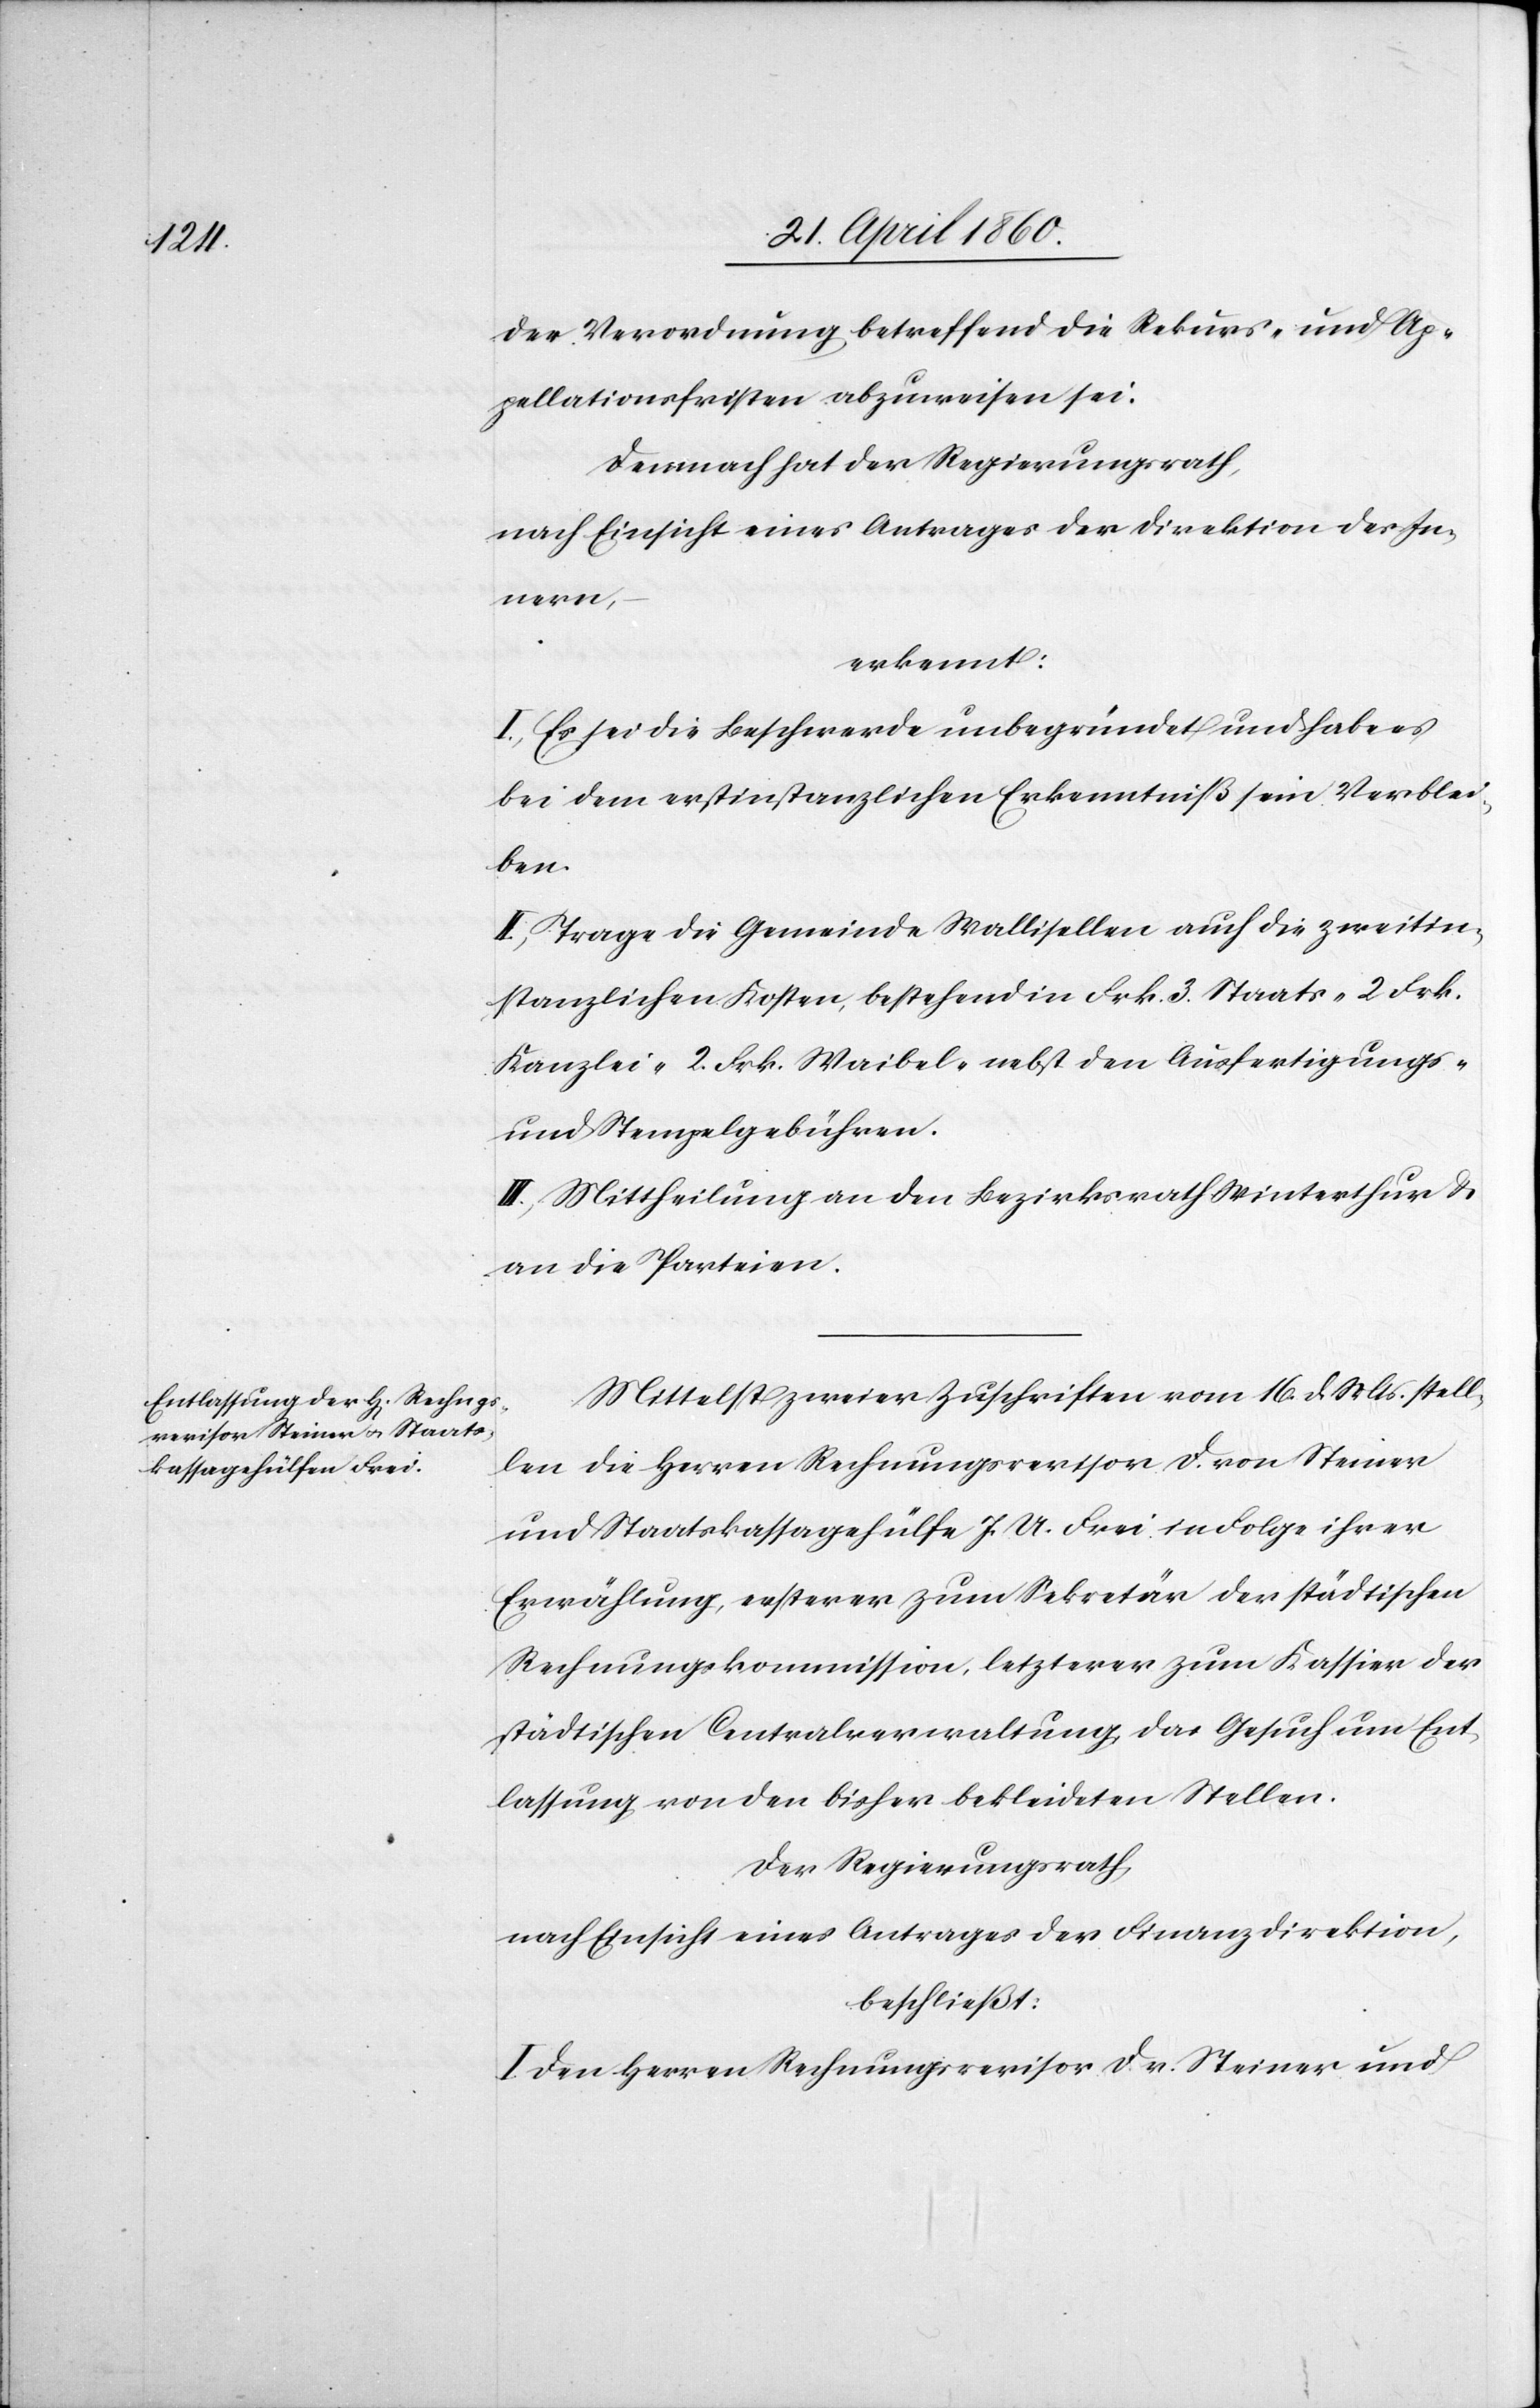
der Verordnung betreffend die Rekurs- und Ap¬
pellationsfristen abzuweisen sei:
Demnach hat der Regierungsrath,
nach Einsicht eines Antrages der Direktion des In¬
nern,
erkennt:
I. Es sei die Beschwerde unbegründet und habe es
bei dem erstinstanzlichen Erkenntniß sein Verblei¬
ben.
II. Trage die Gemeinde Wallisellen auch die zweitin¬
stanzlichen Kosten, bestehend in Frk. 3. Staats- 2 Frk.
Kanzlei- 2. Frk. Waibel- nebst den Ausfertigungs-
und Stempelgebühren.
III. Mittheilung an den Bezirksrath Winterthur u.
an die Parteien.
Mittelst zweier Zuschriften vom 16. d. Mts. stell¬
en die Herren Rechnungsrevisor F. von Steiner
und Staatskassagehülfe J. A. Frei in Folge ihrer
Erwählung, ersterer zum Sekretär der städtischen
Rechnungskommission, letzterer zum Kassier der
städtischen Centralverwaltung das Gesuch um Ent¬
lassung von den bisher bekleideten Stellen.
Der Regierungsrath,
nach Einsicht eines Antrages der Finanzdirektion,
beschließt:
I. Den Herren Rechnungsrevisor F. v. Steiner und